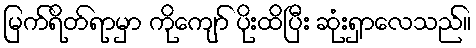
မြက်ရိတ်ရာမှာ ကိုကျော် ပိုးထိပြီး ဆုံးရှာလေသည်။